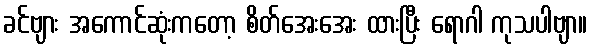
ခင်ဗျား အကောင်ဆုံးကတော့ စိတ်အေးအေး ထားပြီး ရောဂါ ကုသပါဗျာ။